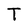
Character: T